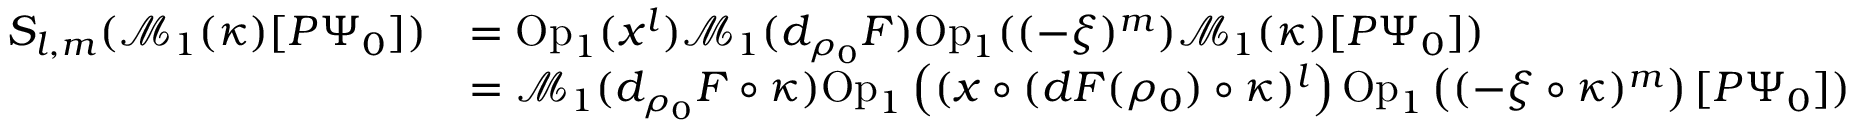
\begin{array} { r l } { S _ { l , m } ( \mathcal { M } _ { 1 } ( \kappa ) [ P \Psi _ { 0 } ] ) } & { = \mathrm { O p } _ { 1 } ( x ^ { l } ) \mathcal { M } _ { 1 } ( d _ { \rho _ { 0 } } F ) \mathrm { O p } _ { 1 } ( ( - \xi ) ^ { m } ) \mathcal { M } _ { 1 } ( \kappa ) [ P \Psi _ { 0 } ] ) } \\ & { = \mathcal { M } _ { 1 } ( d _ { \rho _ { 0 } } F \circ \kappa ) \mathrm { O p } _ { 1 } \left( ( x \circ ( d F ( \rho _ { 0 } ) \circ \kappa ) ^ { l } \right) \mathrm { O p } _ { 1 } \left( ( - \xi \circ \kappa ) ^ { m } \right) [ P \Psi _ { 0 } ] ) } \end{array}